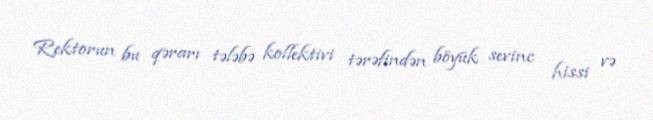
Rektorun bu qərarı tələbə kollektivi tərəfindən böyük sevinc hissi və